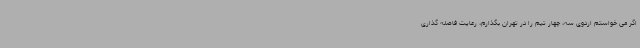
اگر می خواستم اردوی سه، چهار تیم را در تهران بگذارم، رعایت فاصله گذاری